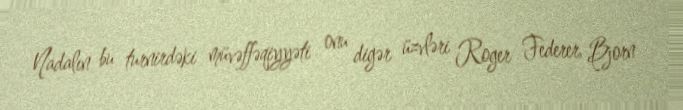
Nadalın bu turnirdəki müvəffəqiyyəti onu digər üzvləri Roger Federer, Bjorn